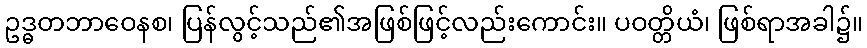
ဥဒ္ဓတဘာဝေနစ၊ ပြန်လွင့်သည်၏အဖြစ်ဖြင့်လည်းကောင်း။ ပဝတ္တိယံ၊ ဖြစ်ရာအခါ၌။